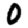
Digit: 0